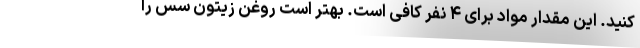
کنید. این مقدار مواد برای ۴ نفر کافی است. بهتر است روغن زیتون سس را